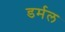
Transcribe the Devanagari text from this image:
डर्मल